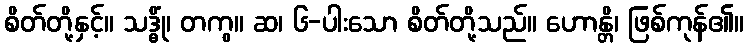
စိတ်တို့နှင့်။ သဒ္ဓိုံ၊ တကွ။ ဆ၊ ၆-ပါးသော စိတ်တို့သည်။ ဟောန္တိ၊ ဖြစ်ကုန်၏။